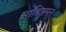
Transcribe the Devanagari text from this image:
आदिमपन